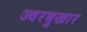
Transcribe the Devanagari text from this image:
ज्वरबुखार